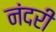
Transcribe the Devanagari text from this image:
नंदरी